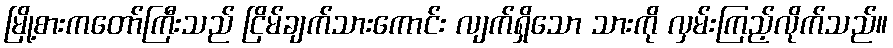
မြို့စားကတော်ကြီးသည် ငြိမ်ချက်သားကောင်း လျက်ရှိသော သားကို လှမ်းကြည့်လိုက်သည်။